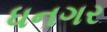
ધનગર